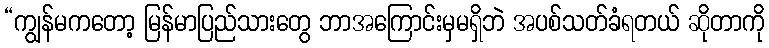
“ကျွန်မကတော့ မြန်မာပြည်သားတွေ ဘာအကြောင်းမှမရှိဘဲ အပစ်သတ်ခံရတယ် ဆိုတာကို